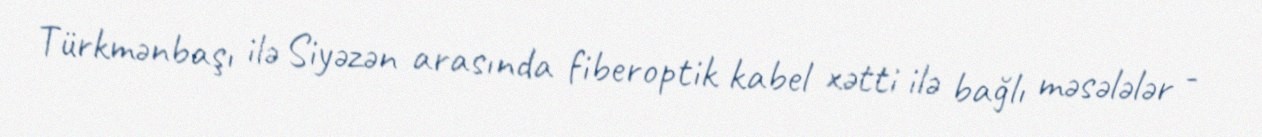
Türkmənbaşı ilə Siyəzən arasında fiberoptik kabel xətti ilə bağlı məsələlər -